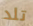
تلد